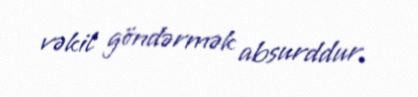
vəkil göndərmək absurddur.